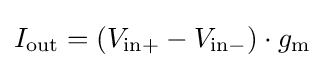
I_{\mathrm {out} }=(V_{\mathrm {in+} }-V_{\mathrm {in-} })\cdot g_{\mathrm {m} }